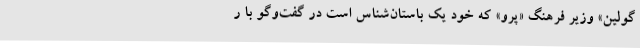
گولین» وزیر فرهنگ «پرو» که خود یک باستان‌شناس است در گفت‌وگو با ر